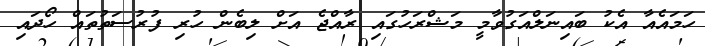
ހަމައެއާ އެކު ބައިނަލްއަގުވާމީ މަޝްރަހުގައި ރާއްޖެ އަށް ލިބެން ހުރި ފުރުސަތުތައް ހޯދައި